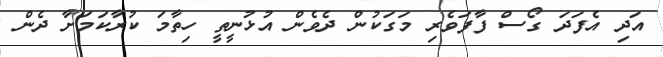
އަދި އެފަދަ ގޯސް ފާފަވެރި މަގަކުން ދެވެން އުޅުނީތީ ހިތާމަ ކުރާކަމަށާ ދެން